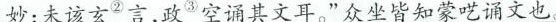
妙；未该玄{言，政3空诵其文耳。”众坐皆知蒙呓诵文也。